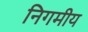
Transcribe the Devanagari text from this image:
निगमीय